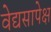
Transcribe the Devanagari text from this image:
वेद्यसापेक्ष